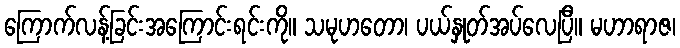
ကြောက်လန့်ခြင်းအကြောင်းရင်းကို။ သမုဟတော၊ ပယ်နှုတ်အပ်လေပြီ။ မဟာရာဇ၊